Civil Veterinary Department Bengal reports 1933-51 - 1933-1951
Year: 1933
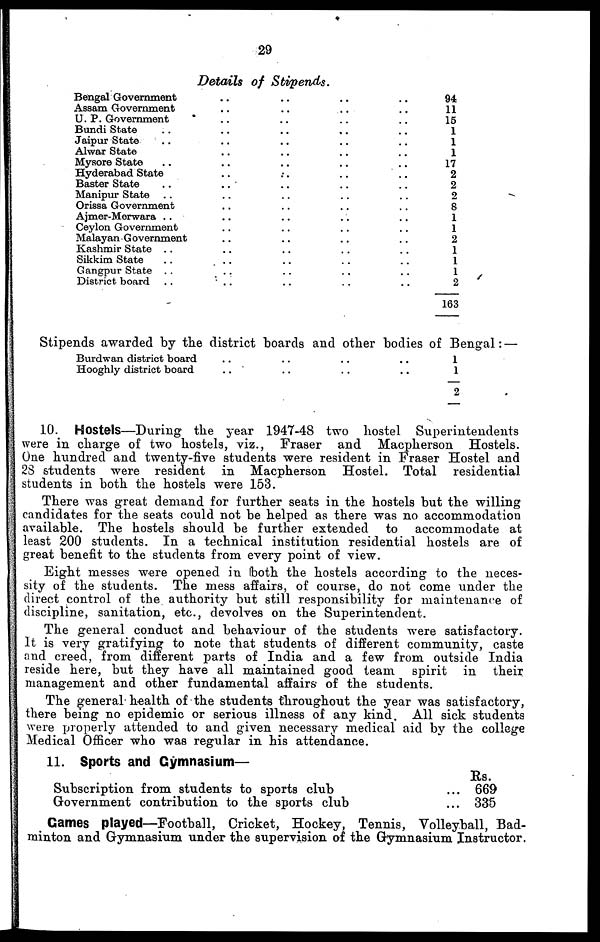
29
Details of Stipends.
Bengal Government .. .. .. ..
Assam Government .. .. .. ..
U. P. Government .. .. .. ..
Bundi State .. .. .. .. ..
Jaipur State .. .. .. .. ..
Alwar State .. .. .. ..
Mysore State .. .. .. .. ..
Hyderabad State
..
..
..
..
Baster State .. .. .. .. ..
Manipur State .. .. .. .. ..
Orissa Government .. .. .. ..
Ajmer-Merwara .. .. .. .. ..
Ceylon Government .. .. .. ..
Malayan Government .. .. .. ..
Kashmir State .. .. .. .. ..
Sikkim State .. .. .. .. ..
Gangpur State .. .. .. .. ..
District board .. .. .. .. ..
94
11
15
1
1
1
17
2
2
2
8
1
1
2
1
1
1
2
163
Stipends awarded by the district boards and other bodies of Bengal :—
Burdwan district board .. .. .. ..
Hooghly district board .. .. .. ..
1
1
2
10. Hostels—During the year 1947-48 two hostel Superintendents
were in charge of two hostels, viz., Fraser and Macpherson Hostels.
One hundred and twenty-five students were resident in Fraser Hostel and
23 students were resident in Macpherson Hostel. Total residential
students in both the hostels were 153.
There was great demand for further seats in the hostels but the willing
candidates for the seats could not be helped as there was no accommodation
available. The hostels should be further extended to accommodate at
least 200 students. In a technical institution residential hostels are of
great benefit to the students from every point of view.
Eight messes were opened in both the hostels according to the neces-
sity of the students. The mess affairs, of course, do not come under the
direct control of the authority but still responsibility for maintenance of
discipline, sanitation, etc., devolves on the Superintendent.
The general conduct and behaviour of the students were satisfactory.
It is very gratifying to note that students of different community, caste
and creed, from different parts of India and a few from outside India
reside here, but they have all maintained good team spirit in their
management and other fundamental affairs of the students.
The general health of the students throughout the year was satisfactory,
there being no epidemic or serious illness of any kind. All sick students
were properly attended to and given necessary medical aid by the college
Medical Officer who was regular in his attendance.
11. Sports and Gymnasium—
Subscription from students to sports club ...
Government contribution to the sports club ...
Rs.
669
335
Games played—Football, Cricket, Hockey, Tennis, Volleyball, Bad-
minton and Gymnasium under the supervision of the Gymnasium Instructor.